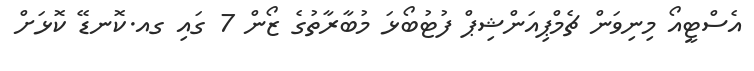
އެސްޓީއޯ މިނިވަން ޗެމްޕިއަންޝިޕް ފުޓުބޯޅަ މުބާރާތުގެ ޒޯން 7 ގައި ގއ.ކޮނޑޭ ކޮޅަށް